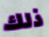
ذلك